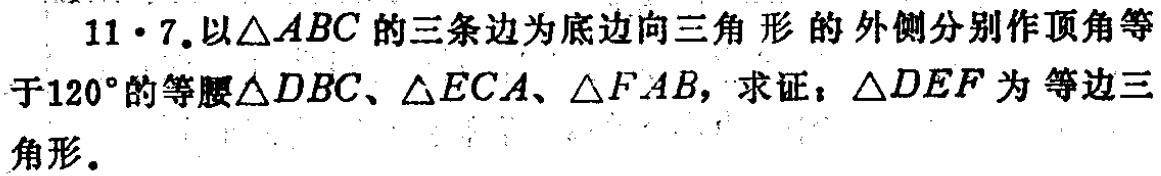
11·7. 以\(\triangle ABC\)的三条边为底边向三角形的外侧分别作顶角等于\(120^{\circ}\)的等腰\(\triangle DBC\)、\(\triangle ECA\)、\(\triangle FAB\)，求证：\(\triangle DEF\)为等边三角形。